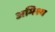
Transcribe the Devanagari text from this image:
अमिश्र्य